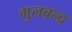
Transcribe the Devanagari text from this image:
गुलबन्द